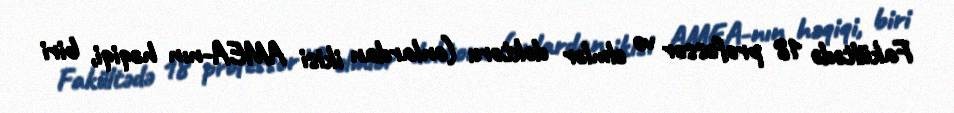
Fakültədə 18 professor və elmlər doktoru (onlardan ikisi AMEA-nın həqiqi, biri